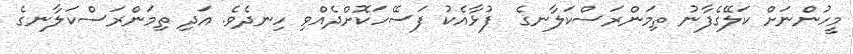
މީހުންނަށް ކަލޭގެފާނު ތިމަންރަސްކަލާނގެ  ފުޅާއެކު ފަސޭހަކޮށްދެއްވި ހިނދެވެ. އަދި ތިމަންރަސްކަލާނގެ